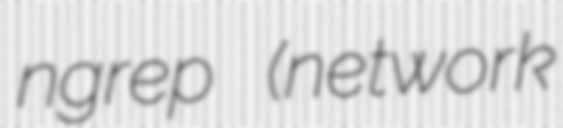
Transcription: ngrep (network